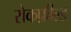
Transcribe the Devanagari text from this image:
रोकफ़ील्ड